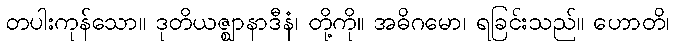
တပါးကုန်သော။ ဒုတိယဇ္ဈာနာဒီနံ၊ တို့ကို။ အဓိဂမော၊ ရခြင်းသည်။ ဟောတိ၊